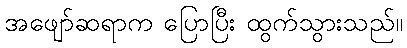
အဖျော်ဆရာက ပြောပြီး ထွက်သွားသည်။